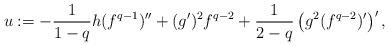
LaTeX: \begin{align*} u := -\frac{1}{1-q} h (f^{q-1})'' + (g')^2 f^{q-2} + \frac{1}{2-q} \left(g^2 (f^{q-2})'\right)',\end{align*}